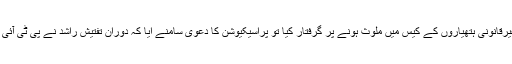
پولیس نے 25 ستمبر 2013 کو راشد کو غیرقانونی ہتھیاروں کے کیس میں ملوث ہونے پر گرفتار کیا تو پراسیکیوشن کا دعویٰ سامنے آیا کہ دورانِ تفتیش راشد نے پی ٹی آئی رہنما کے قتل میں ملوث ہونے کا اقرار کیا۔